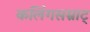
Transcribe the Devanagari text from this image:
कलिंगसम्राट्